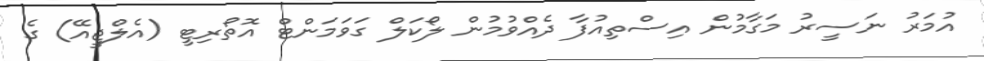
އުމަރު ނަސީރު މަގާމުން އިސްތިއުފާ ދެއްވުމުން ލޯކަލް ގަވަމަންޓް އޮތޯރިޓީ (އެލްޖީއޭ) ގެ